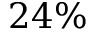
2 4 \%